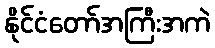
နိုင်ငံတော်အကြီးအကဲ